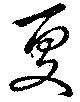
夏